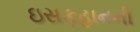
ઇસફહાનની